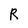
Character: R